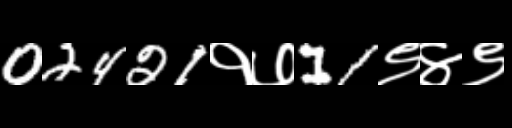
Text: 02421१७11९४९